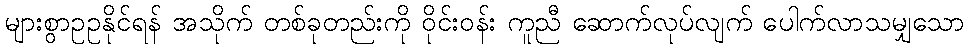
များစွာဥဥနိုင်ရန် အသိုက် တစ်ခုတည်းကို ဝိုင်းဝန်း ကူညီ ဆောက်လုပ်လျက် ပေါက်လာသမျှသော